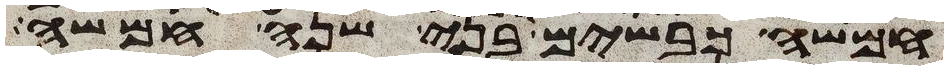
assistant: חמשה כבשים בני שנה חמשה